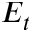
E _ { t }